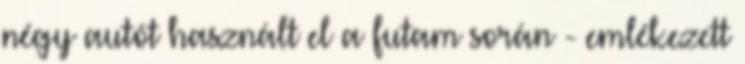
négy autót használt el a futam során - emlékezett